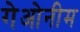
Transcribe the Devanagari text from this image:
गेओनीम